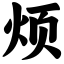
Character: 烦